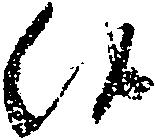
候